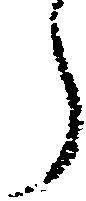
う